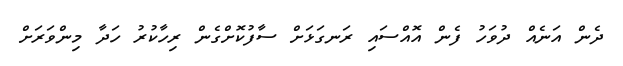
ދެން އަނެއް ދުވަހު ފެން އޮއްސައި ރަނގަޅަށް ސާފުކޮށްގެން ރިހާކުރު ހަދާ މިންވަރަށް